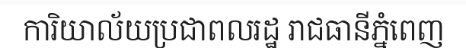
ការិយាល័យប្រជាពលរដ្ឋ រាជធានីភ្នំពេញ